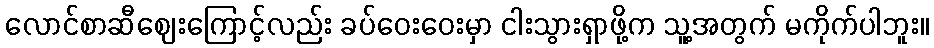
လောင်စာဆီဈေးကြောင့်လည်း ခပ်ဝေးဝေးမှာ ငါးသွားရှာဖို့က သူ့အတွက် မကိုက်ပါဘူး။